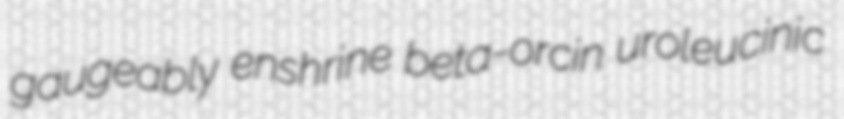
gaugeably enshrine beta-orcin uroleucinic